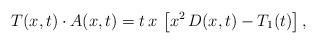
LaTeX: \begin{align*}T(x,t)\cdot A(x,t)=t\,x\,\left[x^2\,D(x,t)-T_1(t)\right],\end{align*}